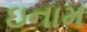
ઇનામ